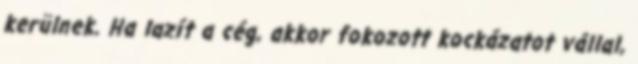
kerülnek. Ha lazít a cég, akkor fokozott kockázatot vállal,